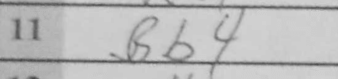
Transcription: Bb4